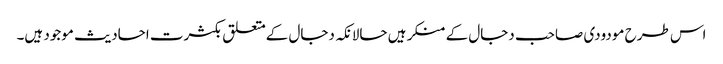
اس طرح مودودی صاحب دجال کے منکر ہیں حالانکہ دجال کےمتعلق بکثرت احادیث موجود ہیں۔